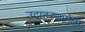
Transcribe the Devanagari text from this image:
उदाहरणांपेक्षा